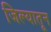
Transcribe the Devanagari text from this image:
जिल्यातून